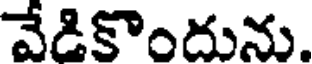
వేడికొందును.